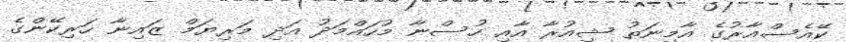
ކޭއެސްއާރުގެ އާމިނަތު ޝިއުރާ އާއި ހުސްނާ މުހައްމަދު އަދި މަރިޔަމް ޒައިނާ ހަރިކޭންގެ